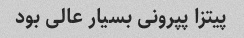
پیتزا پپرونی بسیار عالی بود